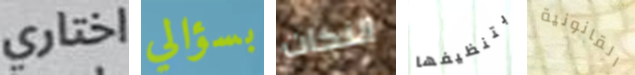
اختاري بسؤالي النكات بتنظيفها القانونية